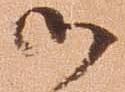
御